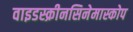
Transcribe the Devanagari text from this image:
वाइडस्क्रीनसिनेमास्कोप